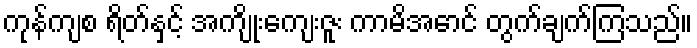
ကုန်ကျစ ရိတ်နှင့် အကျိုးကျေးဇူး ကာမိအောင် တွက်ချက်ကြသည်။